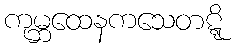
ကုမ္ဘထေနကသေတဋ္ဋိ